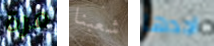
مرة شعبنا اجدها